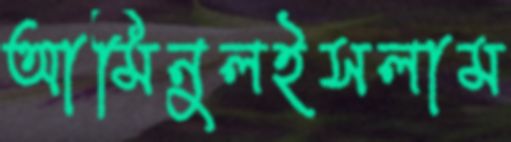
আমিনুলইসলাম